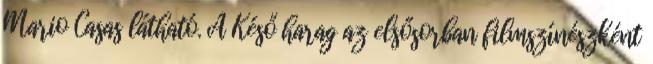
Mario Casas látható. A Késő harag az elsősorban filmszínészként